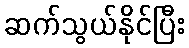
ဆက်သွယ်နိုင်ပြီး